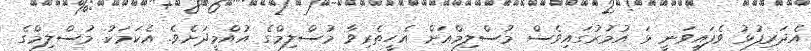
އެދަރިފުޅު ވެފައިވަނީ ޅަ އުމުރުގައިވެސް މުސްލިމްއަށް އެހީތެރިވާ މުސްލިމްގެ އުއްމީދަށެވެ. އެކަމަކު މުސްލިމްގެ